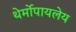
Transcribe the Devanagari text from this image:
थेर्मोपायलेय